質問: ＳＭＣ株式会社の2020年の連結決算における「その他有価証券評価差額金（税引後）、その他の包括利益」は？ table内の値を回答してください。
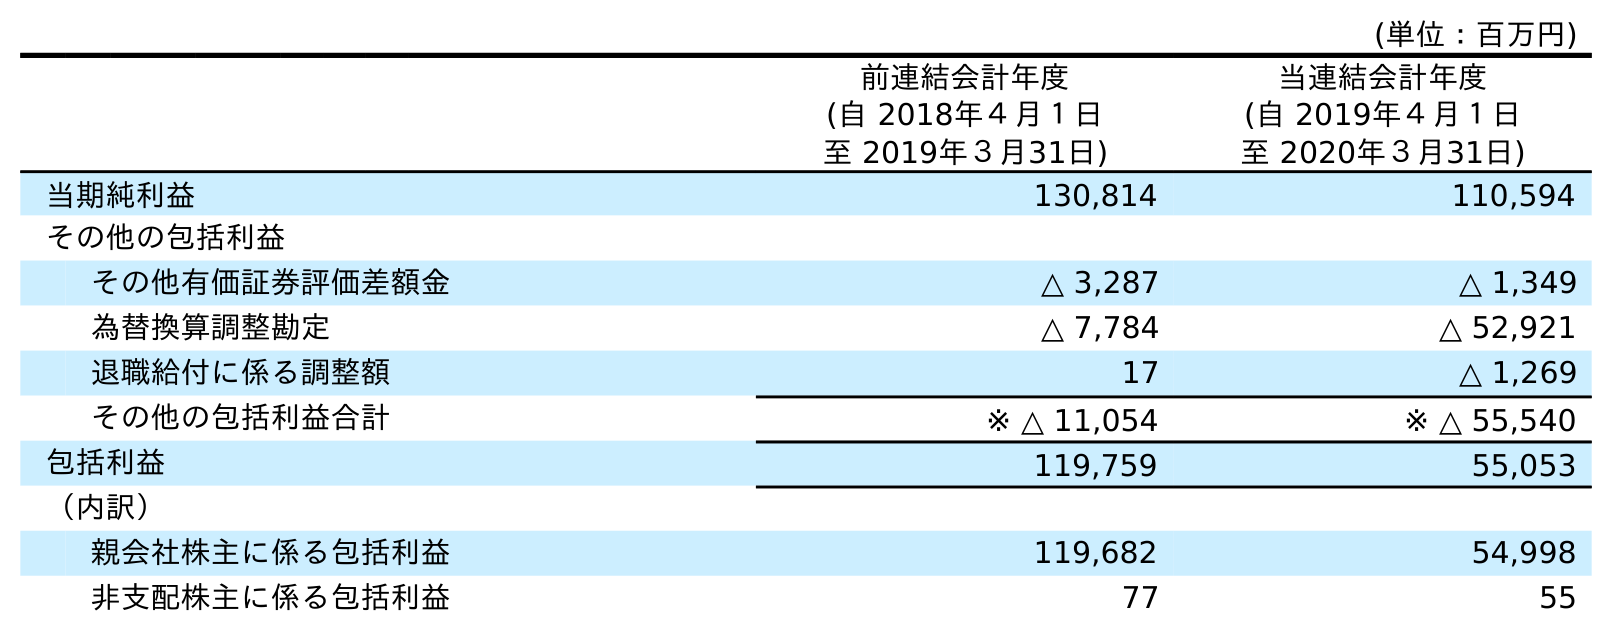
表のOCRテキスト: (単位：百万円) 前連結会計年度 (自 2018年４月１日 至 2019年３月31日) 当連結会計年度 (自 2019年４月１日 至 2020年３月31日) 当期純利益 130,814 110,594 その他の包括利益 その他有価証券評価差額金 △ 3,287 △ 1,349 為替換算調整勘定 △ 7,784 △ 52,921 退職給付に係る調整額 17 △ 1,269 その他の包括利益合計 ※ △ 11,054 ※ △ 55,540 包括利益 119,759 55,053 （内訳） 親会社株主に係る包括利益 119,682 54,998 非支配株主に係る包括利益 77 55
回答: △1,349